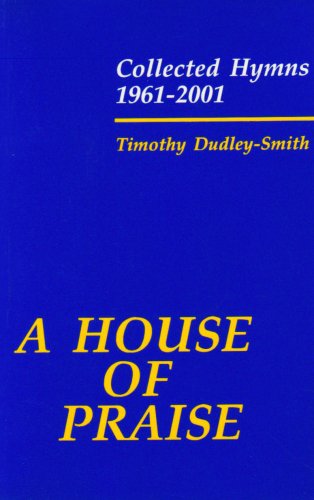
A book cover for A House of Praise: Collected Hymns 1961-2001; Christian Books & Bibles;